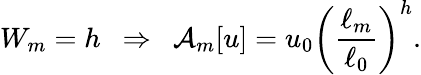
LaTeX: W_{m}=h\ \ \Rightarrow\ \ \mathcal{A}_{m}[u]=u_{0}\left(\frac{\ell_{m}}{\ell_{0}}\right)^{h}.